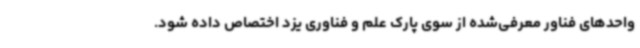
واحدهای فناور معرفی‌شده از سوی پارک علم و فناوری یزد اختصاص داده شود.